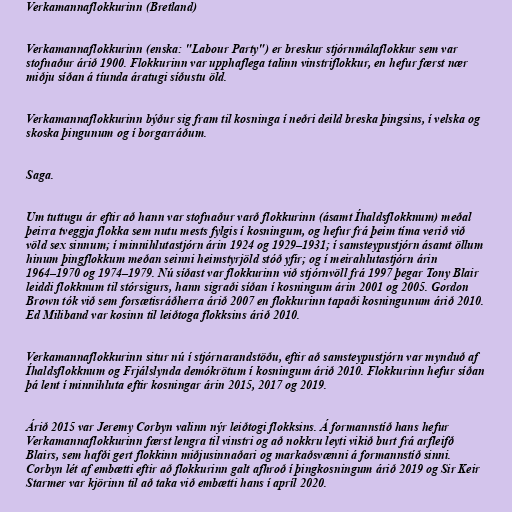
Verkamannaflokkurinn (Bretland)

Verkamannaflokkurinn (enska: "Labour Party") er breskur stjórnmálaflokkur sem var
stofnaður árið 1900. Flokkurinn var upphaflega talinn vinstriflokkur, en hefur færst nær
miðju síðan á tíunda áratugi síðustu öld.

Verkamannaflokkurinn býður sig fram til kosninga í neðri deild breska þingsins, í velska og
skoska þingunum og í borgarráðum.

Saga.

Um tuttugu ár eftir að hann var stofnaður varð flokkurinn (ásamt Íhaldsflokknum) meðal
þeirra tveggja flokka sem nutu mests fylgis í kosningum, og hefur frá þeim tíma verið við
völd sex sinnum; í minnihlutastjórn árin 1924 og 1929–1931; í samsteypustjórn ásamt öllum
hinum þingflokkum meðan seinni heimstyrjöld stóð yfir; og í meirahlutastjórn árin
1964–1970 og 1974–1979. Nú síðast var flokkurinn við stjórnvöll frá 1997 þegar Tony Blair
leiddi flokknum til stórsigurs, hann sigraði síðan í kosningum árin 2001 og 2005. Gordon
Brown tók við sem forsætisráðherra árið 2007 en flokkurinn tapaði kosningunum árið 2010.
Ed Miliband var kosinn til leiðtoga flokksins árið 2010.

Verkamannaflokkurinn situr nú í stjórnarandstöðu, eftir að samsteypustjórn var mynduð af
Íhaldsflokknum og Frjálslynda demókrötum í kosningum árið 2010. Flokkurinn hefur síðan
þá lent í minnihluta eftir kosningar árin 2015, 2017 og 2019.

Árið 2015 var Jeremy Corbyn valinn nýr leiðtogi flokksins. Á formannstíð hans hefur
Verkamannaflokkurinn færst lengra til vinstri og að nokkru leyti vikið burt frá arfleifð
Blairs, sem hafði gert flokkinn miðjusinnaðari og markaðsvænni á formannstíð sinni.
Corbyn lét af embætti eftir að flokkurinn galt afhroð í þingkosningum árið 2019 og Sir Keir
Starmer var kjörinn til að taka við embætti hans í apríl 2020.